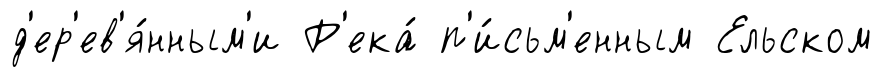
д'ер'ев'я́нным'и Р'ека́ п'и́сьм'енным Ельском